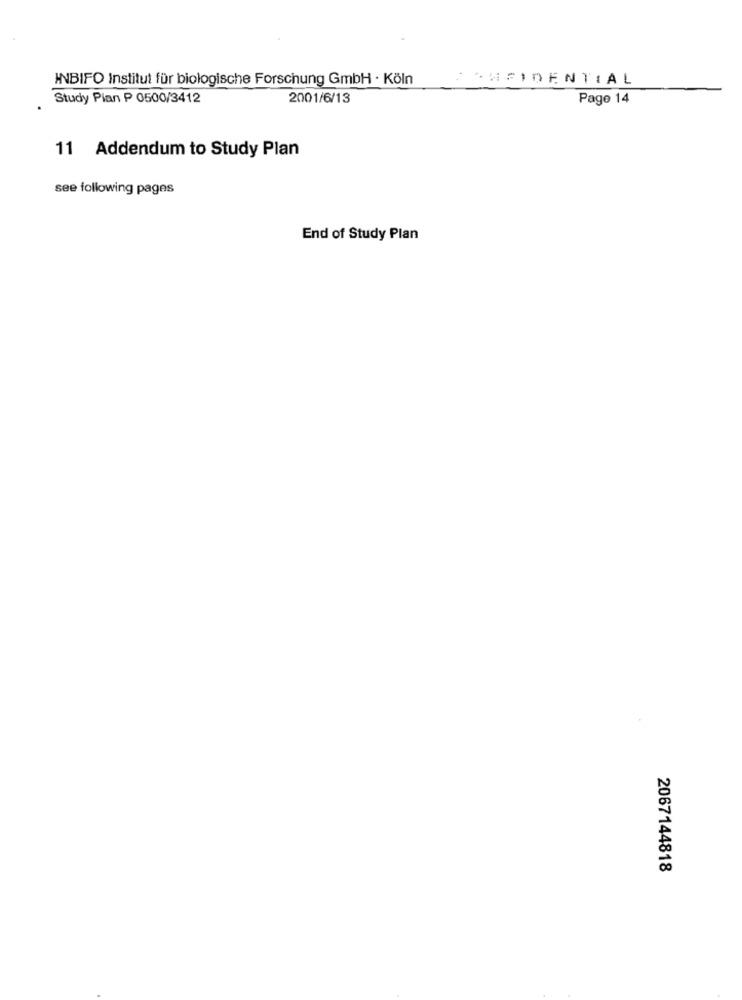
INBIFO Institut für biologische Forschung GmbH · Köln
SCHEIDENTIAL
Study Pian P 0500/3412
2001/6/13
Page 14
11 Addendum to Study Plan
see following pages
End of Study Plan
2067144818